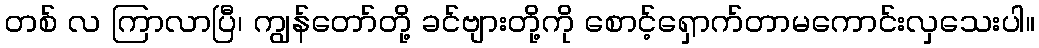
တစ် လ ကြာလာပြီ၊ ကျွန်တော်တို့ ခင်ဗျားတို့ကို စောင့်ရှောက်တာမကောင်းလှသေးပါ။